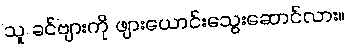
သူ ခင်ဗျားကို ဖျားယောင်းသွေးဆောင်လား။